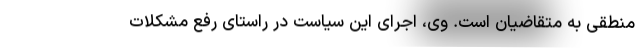
منطقی‌ به متقاضیان است. وی، اجرای این سیاست در راستای رفع مشکلات